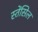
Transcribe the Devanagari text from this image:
स्तेंसिल